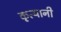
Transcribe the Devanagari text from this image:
कृत्यानी